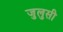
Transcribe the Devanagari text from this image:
जुलुसी